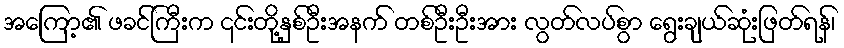
အကြော့၏ ဖခင်ကြီးက ၎င်းတို့နှစ်ဦးအနက် တစ်ဦးဦးအား လွတ်လပ်စွာ ရွေးချယ်ဆုံးဖြတ်ရန်၊